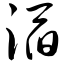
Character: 滔